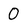
Character: 0